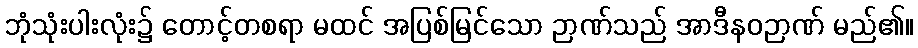
ဘုံသုံးပါးလုံး၌ တောင့်တစရာ မထင် အပြစ်မြင်သော ဉာဏ်သည် အာဒီနဝဉာဏ် မည်၏။